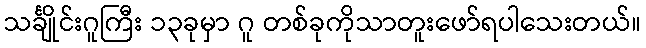
သင်္ချိုင်းဂူကြီး ၁၃ခုမှာ ဂူ တစ်ခုကိုသာတူးဖော်ရပါသေးတယ်။